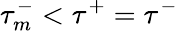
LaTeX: \tau_{m}^{-}<\tau^{+}=\tau^{-}